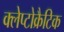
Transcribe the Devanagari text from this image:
क्लेप्टोक्रैटिक